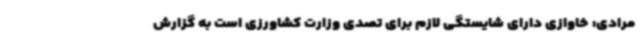
مرادی: خاوازی دارای شایستگی لازم برای تصدی وزارت کشاورزی است به گزارش